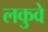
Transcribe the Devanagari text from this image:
लकुवे